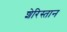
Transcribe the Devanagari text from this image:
शेरिस्तान